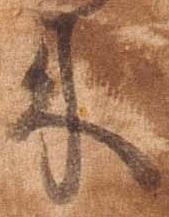
来